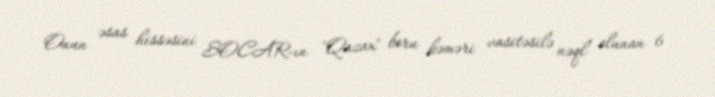
Onun əsas hissəsini SOCAR-ın "Qazax" boru kəməri vasitəsilə nəql olunan 6